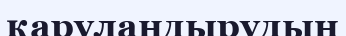
қаруландырудың